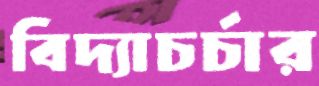
বিদ্যাচর্চার